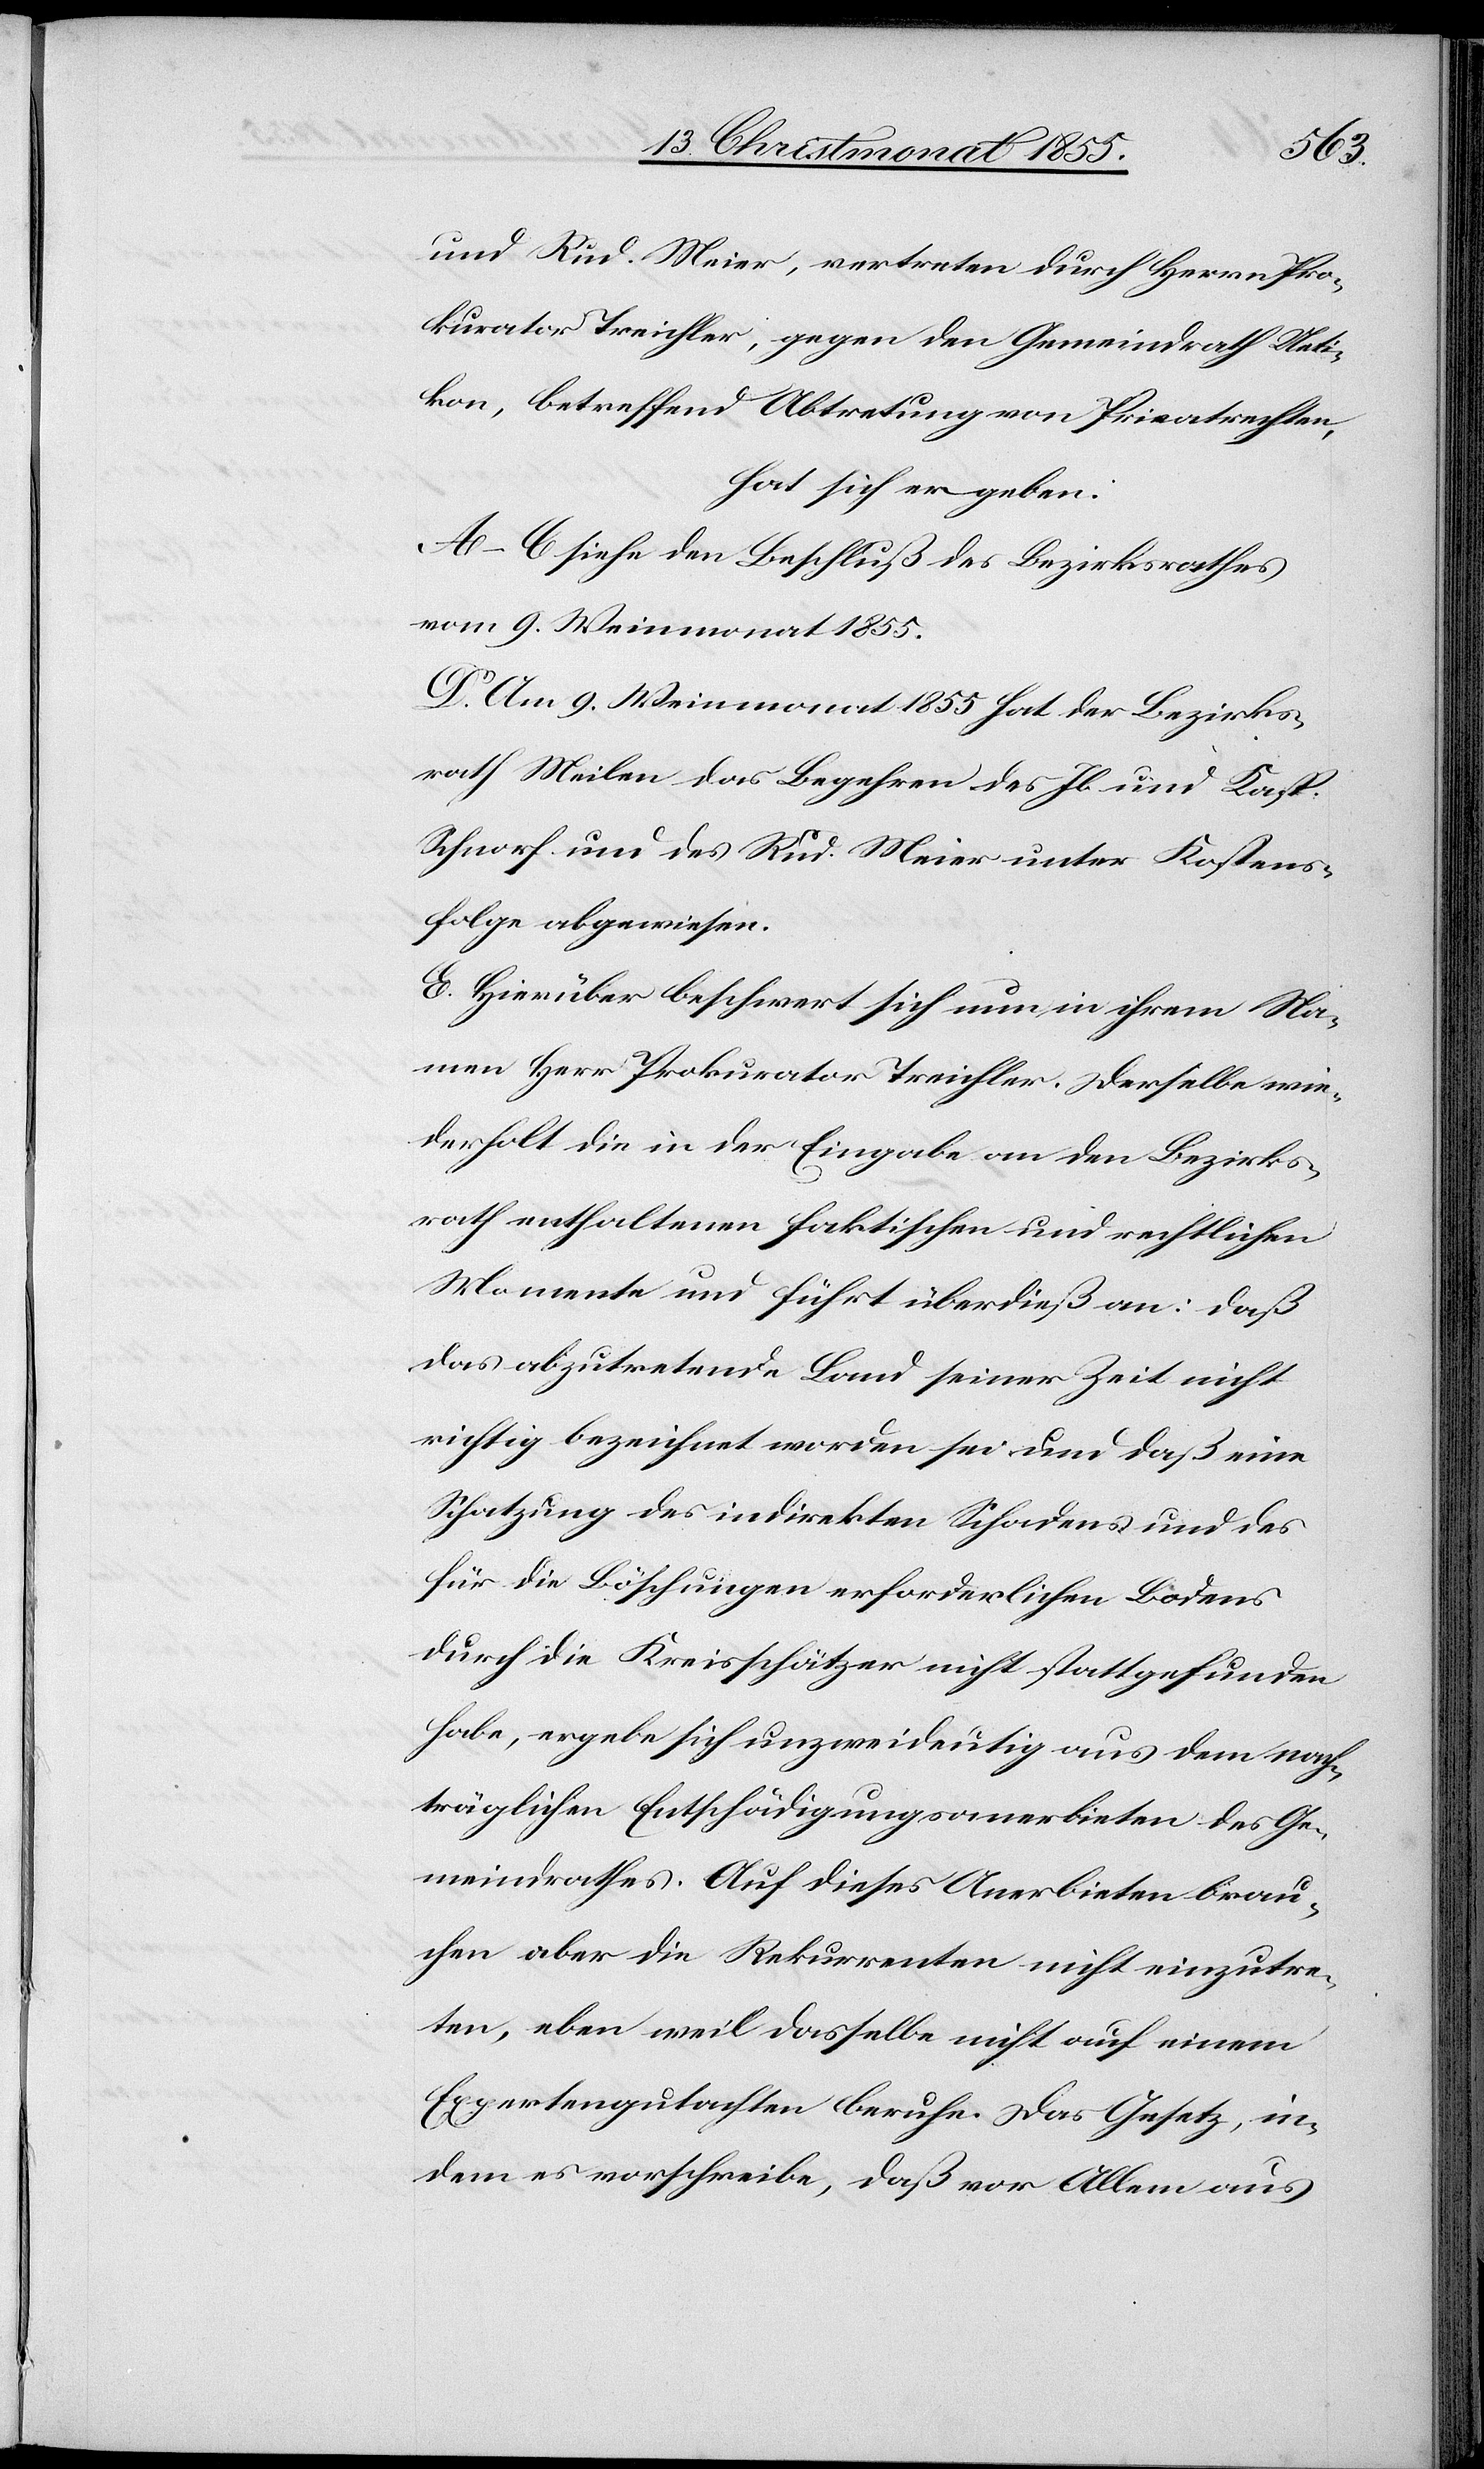
und Rud. Meier, vertreten durch Herrn Pro¬
kurator Treichler, gegen den Gemeindrath Ueti¬
kon, betreffend Abtretung von Privatrechten,
hat sich ergeben:
A–C siehe den Beschluß des Bezirksrathes
vom 9. Weinmonat 1855.
D. Am 9. Weinmonat 1855 hat der Bezirks¬
rath Meilen das Begehren des Jb. und Kasp.
Schnorf und des Rud. Meier unter Kostens¬
folge abgewiesen.
E. Hierüber beschwert sich nun in ihrem Na¬
men Herr Prokurator Treichler. Derselbe wie¬
derholt die in der Eingabe an den Bezirks¬
rath enthaltenen faktischen und rechtlichen
Momente und führt überdieß an: daß
das abzutretende Land seiner Zeit nicht
richtig bezeichnet worden sei und daß eine
Schatzung des indirekten Schadens und des
für die Böschungen erforderlichen Bodens
durch die Kreisschätzer nicht stattgefunden
habe, ergebe sich unzweideutig aus dem nach¬
träglichen Entschädigungsanerbieten des Ge¬
meindrathes. Auf dieses Anerbieten brau¬
chen aber die Rekurrenten nicht einzutre¬
ten, eben weil dasselbe nicht auf einem
Expertengutachten beruhe. Das Gesetz, in¬
dem es vorschreibe, daß vor Allem aus